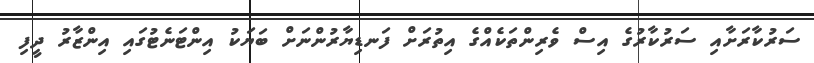
ސަރުކާރަށާއި ސަރުކާރުގެ އިސް ވެރިންތަކެއްގެ އިތުރަށް ފަނޑިޔާރުންނަށް ބަޔަކު އިންޓަނެޓުގައި އިންޒާރު ދީފި